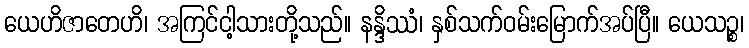
ယေဟိဇာတေဟိ၊ အကြင်ငါ့သားတို့သည်။ နန္ဒိဿံ၊ နှစ်သက်ဝမ်းမြောက်အပ်ပြီ။ ယေသဉ္စ၊